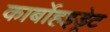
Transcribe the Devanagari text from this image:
कार्बोहइड्रेट